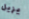
يزيل